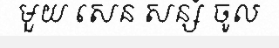
មួយ សេន សន្សំ ចូល